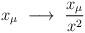
LaTeX: \begin{align*}x_\mu ~ \longrightarrow ~ \frac{x_\mu}{x^2}\end{align*}